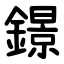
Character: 鐛